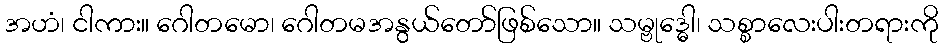
အဟံ၊ ငါကား။ ဂေါတမော၊ ဂေါတမအနွယ်တော်ဖြစ်သော။ သမ္ဗုဒ္ဓေါ၊ သစ္စာလေးပါးတရားကို